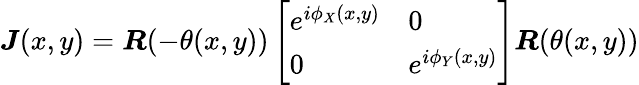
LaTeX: \boldsymbol{J}(x,y)=\boldsymbol{R}(-\theta(x,y))\left[\begin{array}{ll}{e^{i\phi_{X}(x,y)}}&{0}\\ {0}&{e^{i\phi_{Y}(x,y)}}\end{array}\right]\boldsymbol{R}(\theta(x,y))